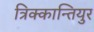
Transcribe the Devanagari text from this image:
त्रिक्कान्तियुर